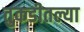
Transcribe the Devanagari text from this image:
तुकडीतल्या